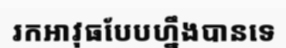
រកអាវុធបែបហ្នឹងបានទេ